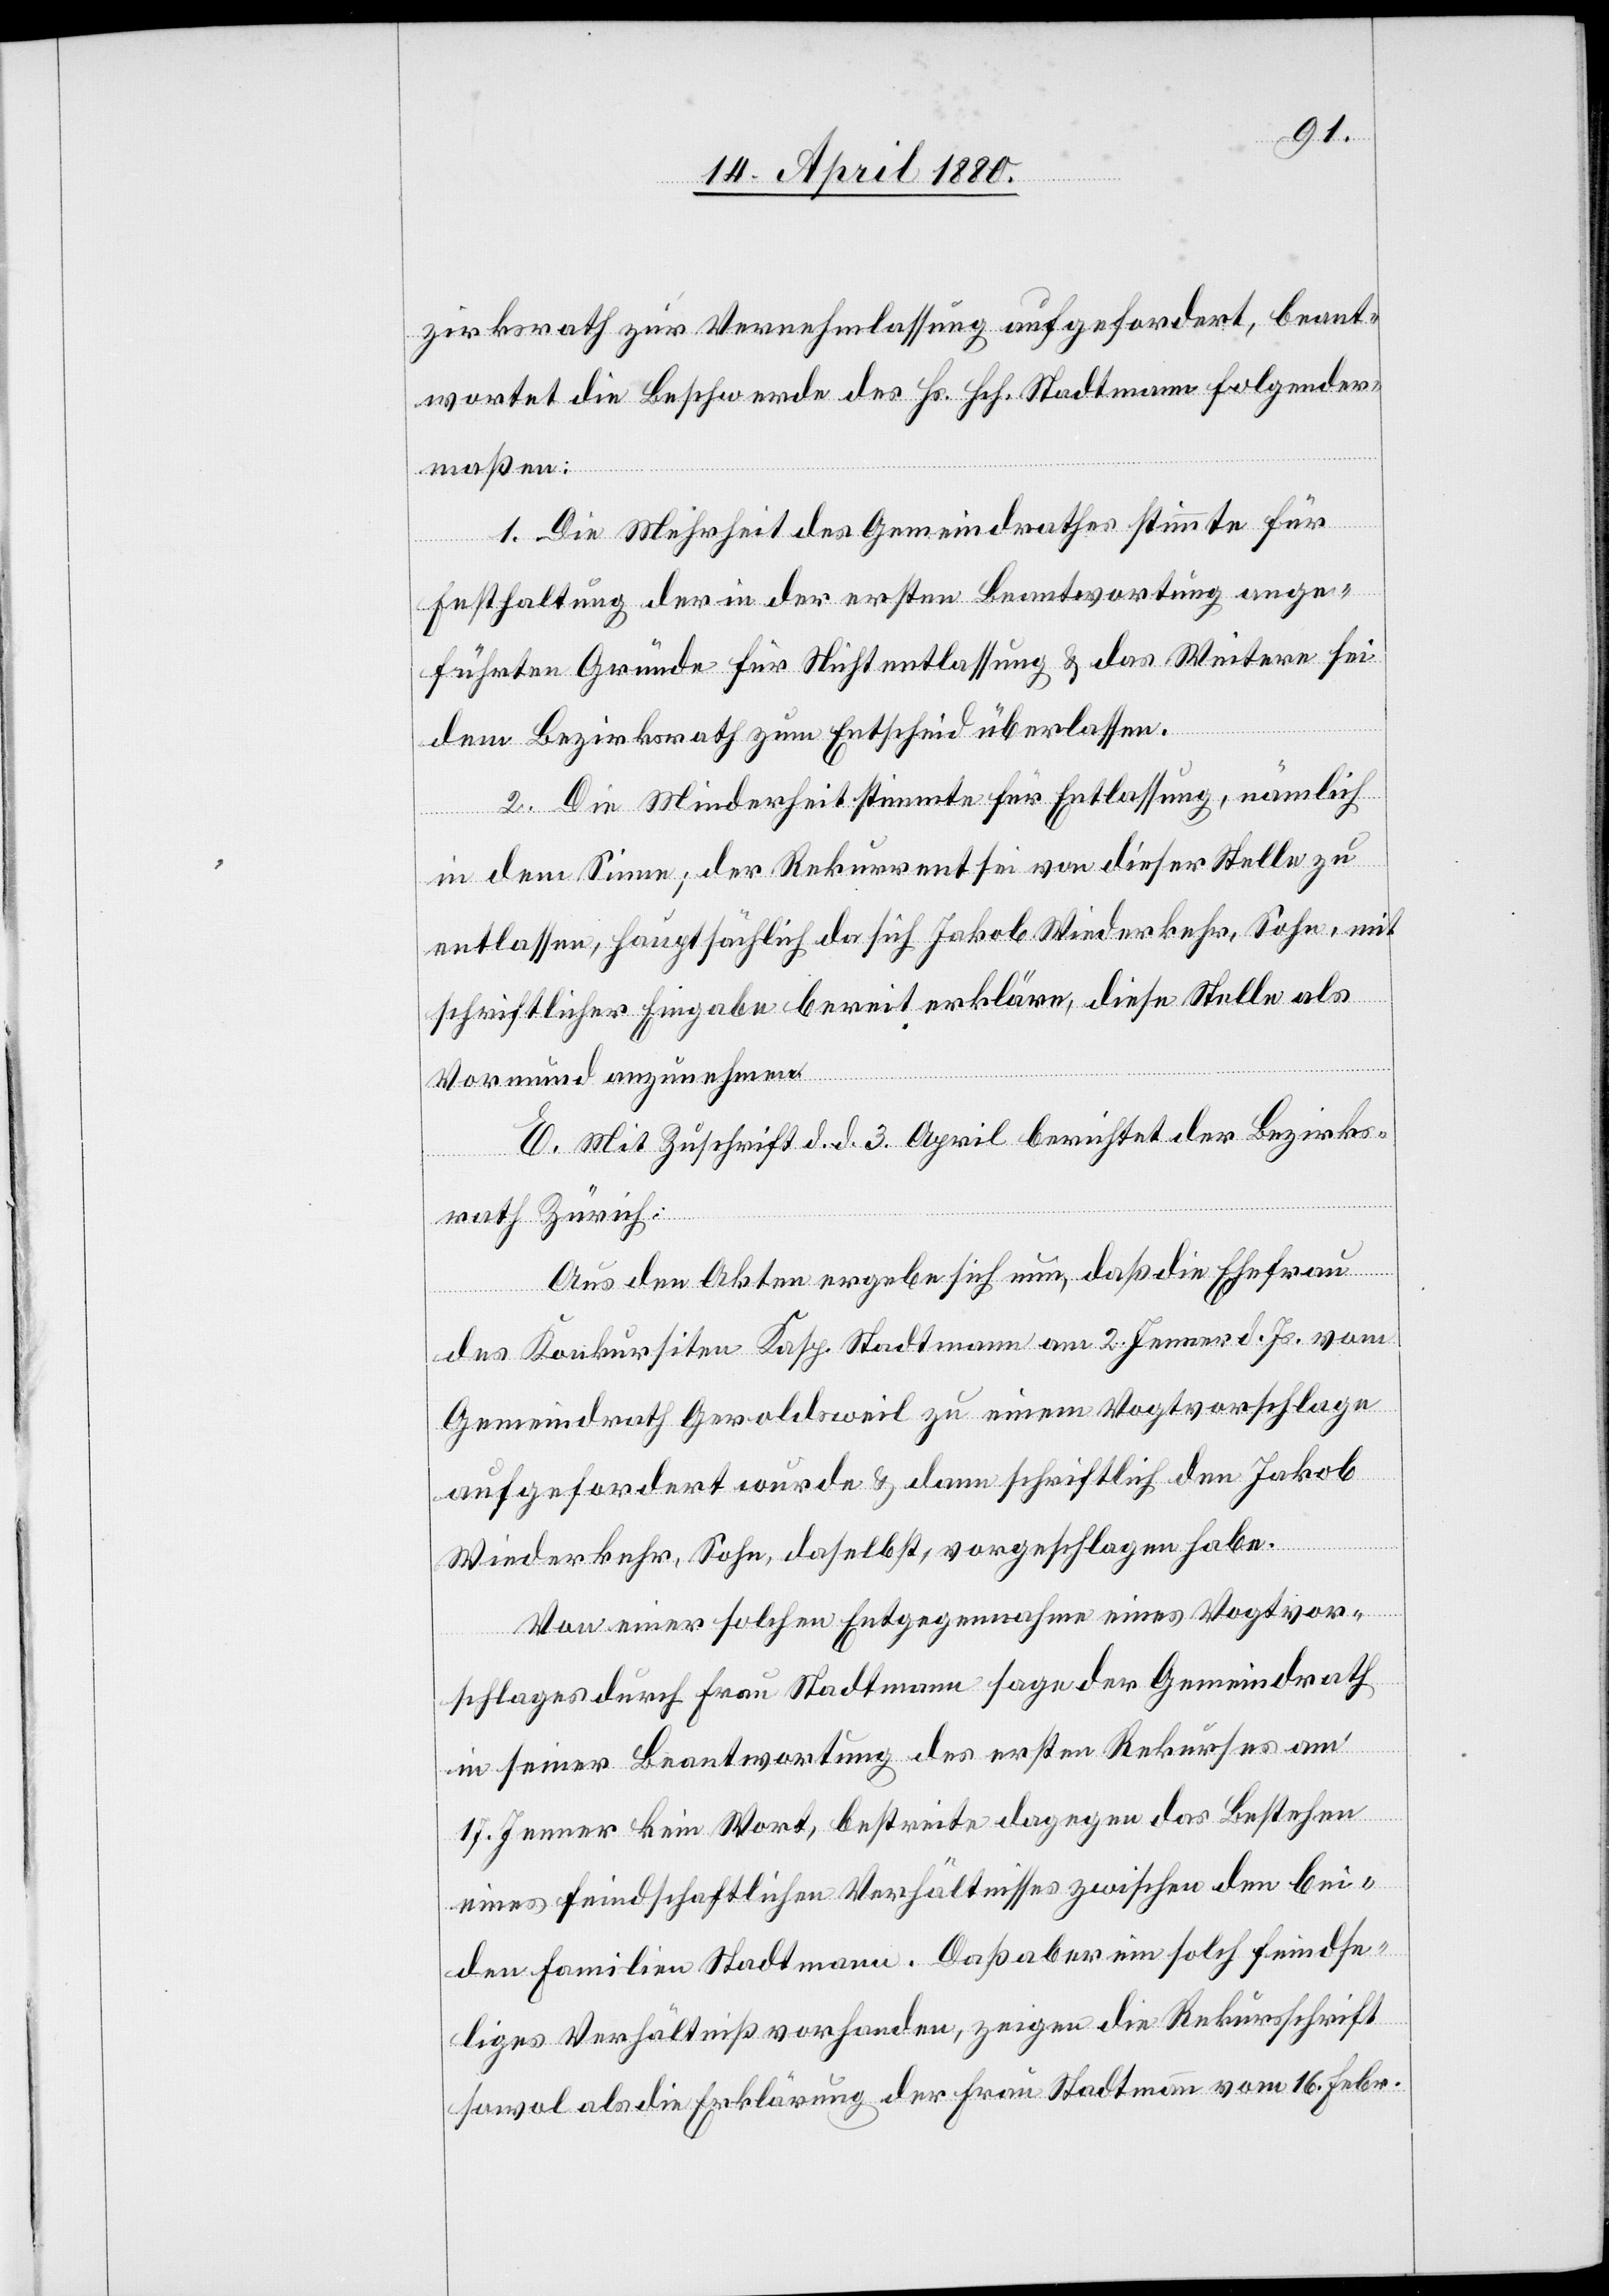
zirksrath zur Vernehmlassung aufgefordert, beant¬
wortet die Beschwerde des Hs. Hch. Stadtmann folgender¬
maßen:
1. Die Mehrheit des Gemeindrathes stimmte für
Festhaltung der in der ersten Beantwortung ange¬
führten Gründe für Nichtentlassung & das Weitere sei
dem Bezirksrath zum Entscheid überlassen.
2. Die Minderheit stimmte für Entlassung, nämlich
in dem Sinne: der Rekurrent sei von dieser Stelle zu
entlassen, hauptsächlich da sich Jakob Wiederkehr, Sohn, mit
schriftlicher Eingabe bereit erkläre, diese Stelle als
ha¬
Vormund anzunehmen.
E. Mit Zuschrift d. d. 3. April berichtet der Bezirks¬
rath Zürich:
Aus den Akten erhebe sich nun, daß die Ehefrau
des Konkursiten Kasp. Stadtmann am 2. Jenner d. Js. vom
Gemeindrath Geroldsweil zu einem Vogtvorschlag
aufgefordert wurde & dann schriftlich den Jakob
Widerkehr, Sohn, daselbst, vorgeschlagen habe.
Von einer solchen Entgegennahme eines Vogtvor¬
schlages durch Frau Stadtmann sage der Gemeindrath
in seiner Beantwortung des ersten Rekurses am
17. Jenner kein Wort, bestreite dagegen das Bestehen
eines feindschaftlichen Verhältnisses zwischen den bei¬
den Familien Stadtmann. Daß aber ein solch feindsc¬
ftliches Verhältniß vorhanden, zeigen die Rekursschrift
sowol als die Erklärung der Frau Stadtmann vom 16. Febr.